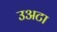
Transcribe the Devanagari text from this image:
उअटा